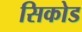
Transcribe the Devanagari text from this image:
सिकोड